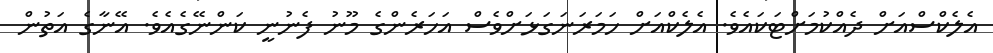
އެލެކްސްއަށް ދެއްކުމަށްޓަކައެވެ. އެލެކްއަށް ހަމަރަނަގަޅަށްވެސް އަހަރެންގެ މޫނު ފެނުނީ ކަންނޭގެއެވެ. އޭނާގެ އަތުން